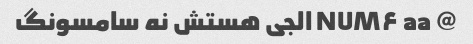
@ NUM۶ aa الجی هستش نه سامسونگ